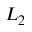
L _ { 2 }